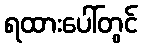
ရထားပေါ်တွင်